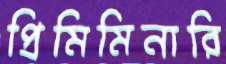
প্রিমিমিনারি